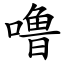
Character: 噜